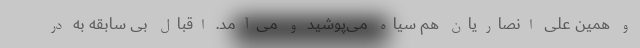
و همین علی انصاریان هم سیاه می‌پوشید و می‌آمد. اقبال بی سابقه به در